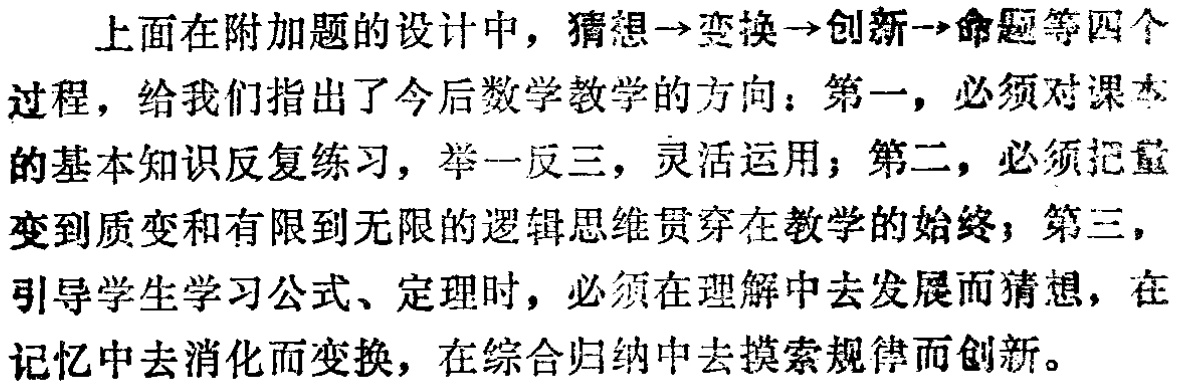
上面在附加题的设计中，猜想$\to$变换$\to$创新$\to$命题等四个过程，给我们指出了今后数学教学的方向：第一，必须对课本的基本知识反复练习，举一反三，灵活运用；第二，必须把量变到质变和有限到无限的逻辑思维贯穿在教学的始终；第三，引导学生学习公式、定理时，必须在理解中去发展而猜想，在记忆中去消化而变换，在综合归纳中去摸索规律而创新。